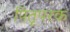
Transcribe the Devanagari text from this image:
पितृपरक